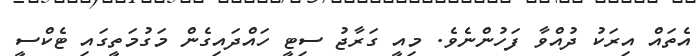
އެތައް އިރަކު ދުއްވާ ފަހުންނެވެ. މިއީ ގަރާޖު ސިޓީ ހައްދައިގެން މަގުމަތީގައި ޓެކްސީ